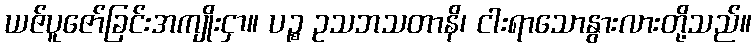
ယဇ်ပူဇော်ခြင်းအကျိုးငှာ။ ပဉ္စ ဥသဘသတာနိ၊ ငါးရာသောနွားလားတို့သည်။